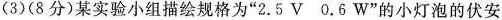
(3)(8分)某实验小组描绘规格为”2.5V0.6W”的小灯泡的伏安